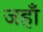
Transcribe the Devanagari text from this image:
जहॉँ